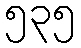
၅၃၅